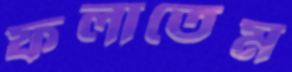
ফলাতেম